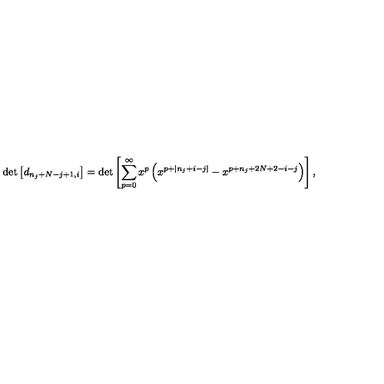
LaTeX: \det \left[ d _ { n _ { j } + N - j + 1 , i } \right] = \det \left[ \sum _ { p = 0 } ^ { \infty } x ^ { p } \left( x ^ { p + | n _ { j } + i - j | } - x ^ { p + n _ { j } + 2 N + 2 - i - j } \right) \right] ,